Lunatic asylums Punjab 1868-1880 - 1868-1880
Year: 1868
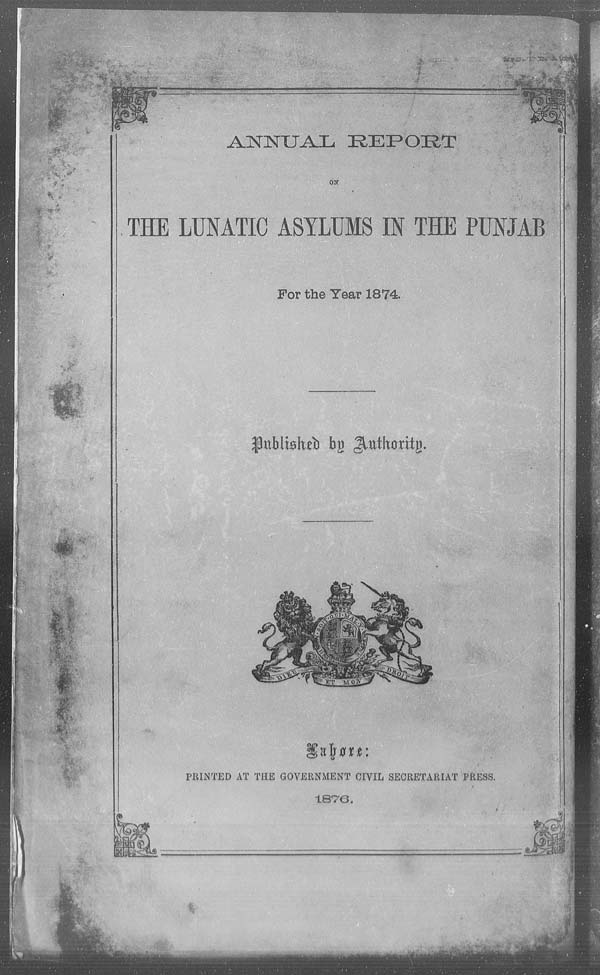
ANNUAL REPORT
ON
THE LUNATIC ASYLUMS IN THE PUNJAB
For the Year 1874.
Published by Authority.
Lahore:
PRINTED AT THE GOVERNMENT CIVIL SECRETARIAT PRESS.
1876.